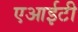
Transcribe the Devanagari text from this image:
एआईटी